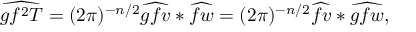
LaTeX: \widehat { g f ^ { 2 } T } = ( 2 \pi ) ^ { - n / 2 } \widehat { g f v } * \widehat { f w } = ( 2 \pi ) ^ { - n / 2 } \widehat { f v } * \widehat { g f w } ,